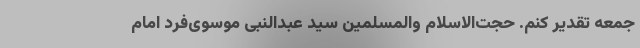
جمعه تقدیر کنم. حجت‌الاسلام والمسلمین سید عبدالنبی موسوی‌فرد امام